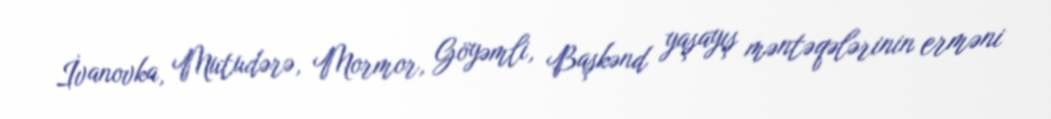
İvanovka, Mutudərə, Mormor, Göyəmli, Başkənd yaşayış məntəqələrinin erməni